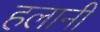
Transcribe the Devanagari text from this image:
हलानी